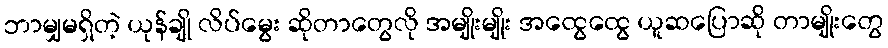
ဘာမျှမရှိတဲ့ ယုန်ချို လိပ်မွေး ဆိုတာတွေလို အမျိုးမျိုး အထွေထွေ ယူဆပြောဆို တာမျိုးတွေ